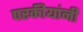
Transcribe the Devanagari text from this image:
परकीयांनी